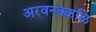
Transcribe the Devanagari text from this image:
अरवनक्कळि